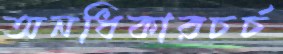
অনধিকারচর্চ